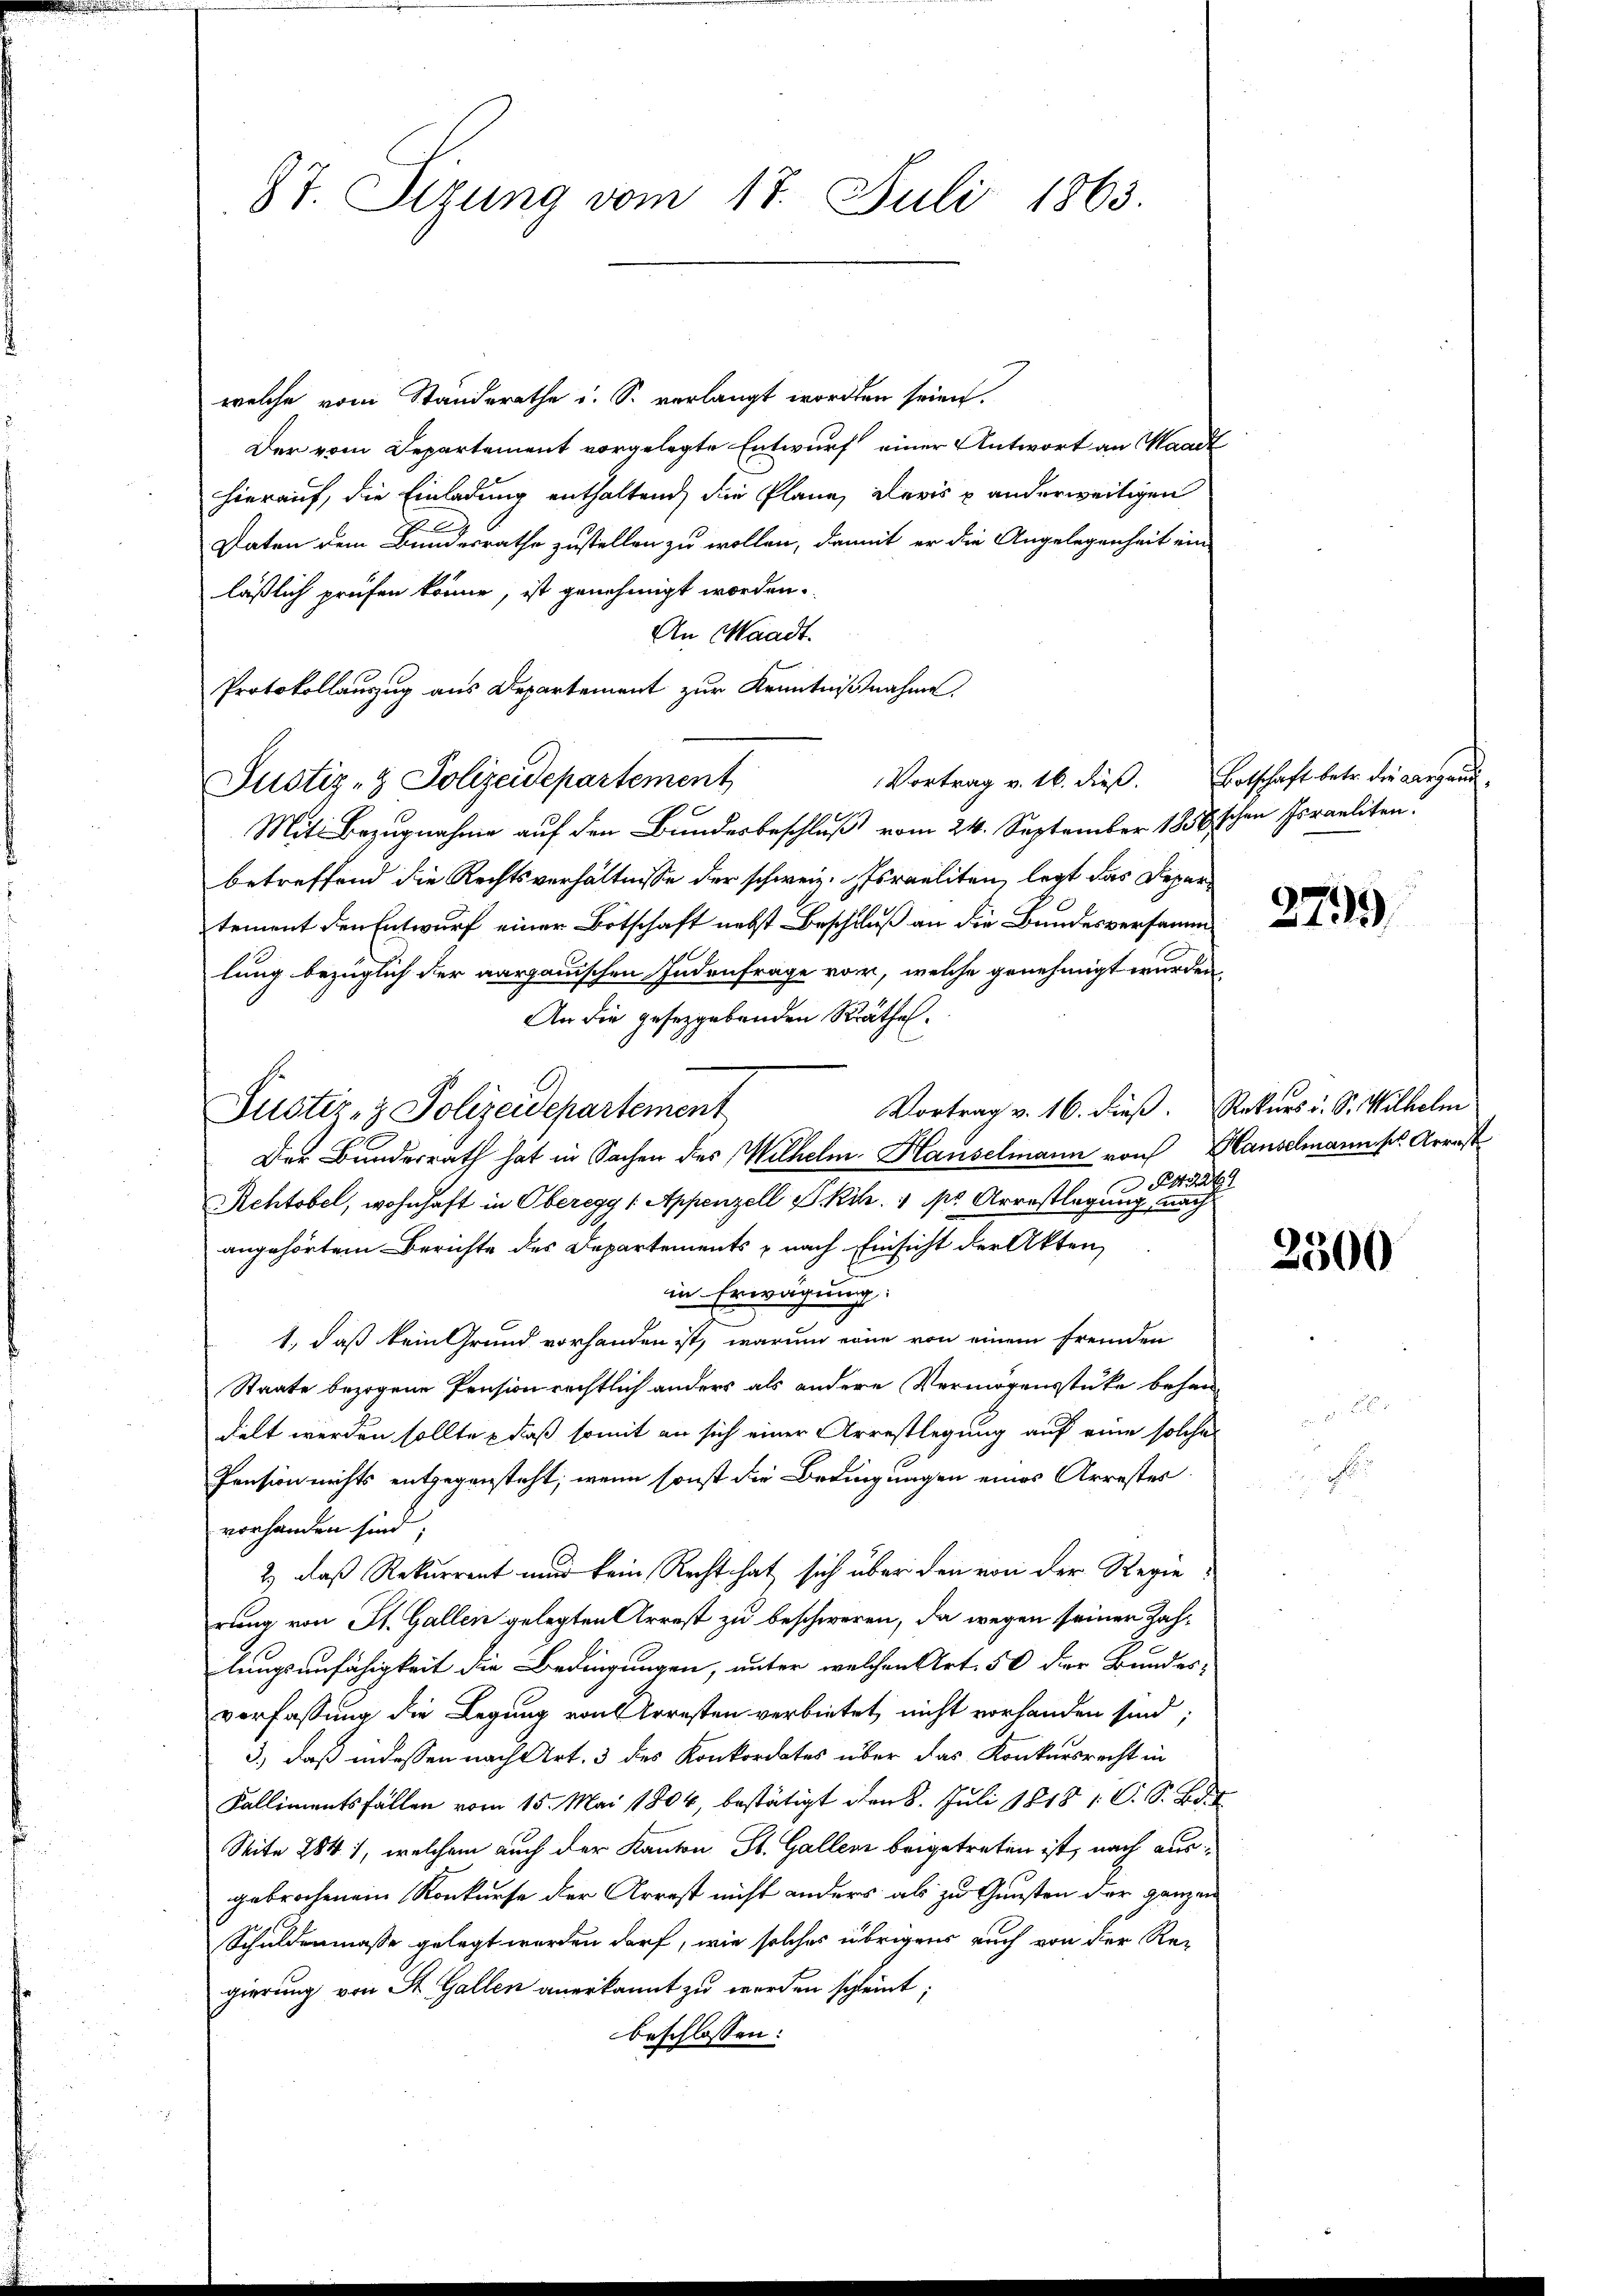
87. Sigung vom 17. Juli 1863.

welche vom Standerathe u. S. verlangt worden seien.
Der vom Departement vorgelegte Entwurf einer Antwort an Waadt
hierauf, die Einladung enthaltend die Plane, daris u anderweitigen
Daten dem Bundesrathe zustellen zu wollen, damit er die Angelegenheit ein
läßlich prüfen könne, ist genehmigt worden.
An Waadt.
Protokollauszug aus Departement zur Kenntnißnahme,
Vortrag v. 16. dieß. Botschaft betr. die Aargaui¬
Justiz- & Polizeidepartement
Mit Bezugnahme auf den Bundesbeschluß vom 24. September 1858 schen Israeliten.
betreffend die Rechtsverhältnisse der schweiz. Israeliten, legt das Departement den Entwurf einer Botschaft nebst Beschluß an die Bundesversamm
lung bezüglich der aargauischen Indenfrage vor, welche genehmigt wurden,
An die gesetzgebenden Räthe.
Vortrag v. 16. dieß. Rekurs d. S. Wilhelm
Justiz- & Polizeidepartement
Der Bundesrath hat in Sachen des Wilhelm Hauselmann von Hauselmannises Arrest
429
Rehtobel, wohnhaft in Oberegg (Appenzell PKih. 1 pr Arrestlegung nach
angehörtem Berichte des Departements nach Einsicht der Akten,
in Erwägung:
1., daß kein Grund vorhanden ist, warum eine von einem fremden
Staate bezogene Pension rechtlich anders als andere Vermögensstüke behandelt werden sollte , daß somit an sich einer Arrestlegung auf eine solche
Pension nichts entgegensteht; wenn sonst die Bedingungen eines Arrestes
vorhanden sind;
2) daß Rekurrent und kein Recht hat sich über den von der Regierung von St. Gallen gelegten Arrest zu beschweren, da wegen seiner Zahdlungsunfähigkeit die Bedingungen, unter welchen Art. 50 der Bundes-
verfassung die Legung von Arresten verbietet, nicht vorhanden sind;
3.) daß in dessen nach Art. 3 des Konkordates über das Konkursrecht in
Kallimentsfällen vom 15. Mai 1804, bestätigt den 8. Juli 1818 1 C. S. Bd.
Seite 284), welchem auch der Kanton St. Gallen beigetreten ist, nach ausgebrochenem Konkurse der Arrest nicht anders als zu Gunsten der ganzen
Schuldenmasse gelegt werden darf, wie solches übrigens auch von der Re-
gierung von St. Gallen anerkannt zu werden schleint;
beschlossen:

3799

2300